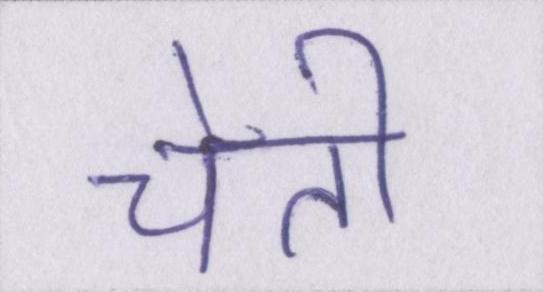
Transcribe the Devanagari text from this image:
चेती